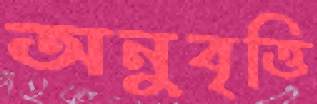
অনুবৃত্তি